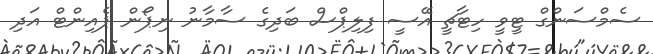
ސެމްސަންގް ޓީވީ ހިޓާޗީ އޭސީ ފިލިޕްސް ބަދިގެ ސާމާނު ނިޕޯން ޕެއިންޓް އަދި